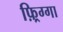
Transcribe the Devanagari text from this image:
फ़्रिग्गा